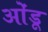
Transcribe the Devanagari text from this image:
ओंडू